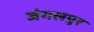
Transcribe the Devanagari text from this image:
जंगलपुर